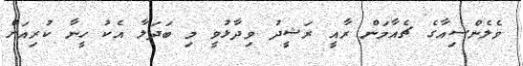
ވެލެންސިއާގެ ޗެއާމަން ރާއީ ރަޝީދު ވިދާޅުވީ މި ބަދަލާ އެކު ހީނާ ކުރިއަށް